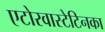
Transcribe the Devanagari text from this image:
एटोरवास्टेटिनका